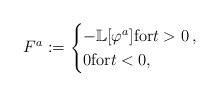
\begin{align*}F^{a}:=\begin{cases}-\mathbb L[\varphi^{a}] {\rm for}t>0\,,\\0 {\rm for}t<0,\end{cases}\end{align*}